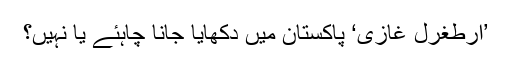
’ارطغرل غازی‘ پاکستان میں دکھایا جانا چاہئے یا نہیں؟